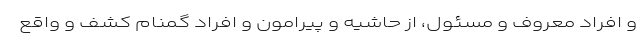
و افراد معروف و مسئول، از حاشیه و پیرامون و افراد گمنام کشف و واقع